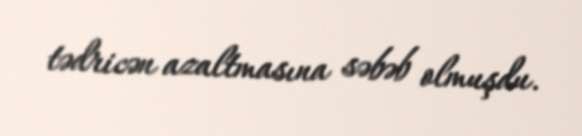
tədricən azaltmasına səbəb olmuşdu.